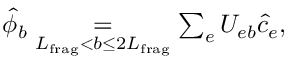
\begin{array} { r } { \hat { \phi } _ { b } \underset { { L } _ { \mathrm { f r a g } } < b \leq 2 { L } _ { \mathrm { f r a g } } } { = } \sum _ { e } U _ { e b } \hat { c } _ { e } , } \end{array}